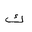
Letter: _kaf